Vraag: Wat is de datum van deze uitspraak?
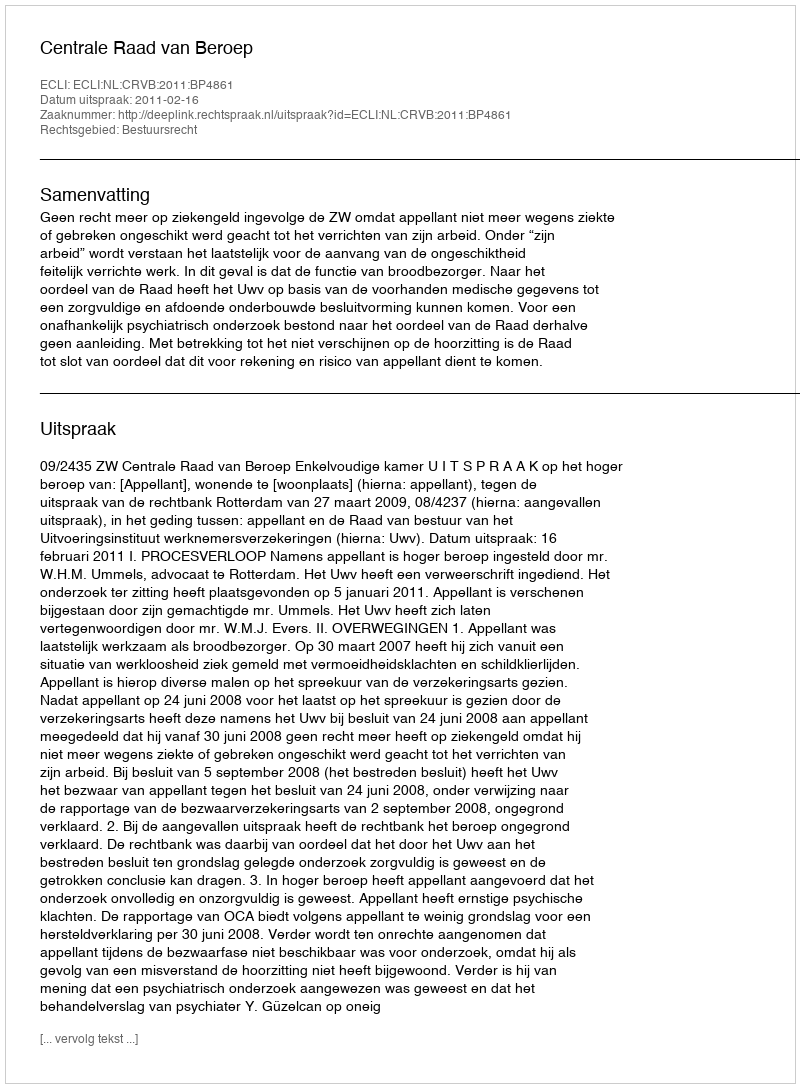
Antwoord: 2011-02-16